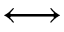
\longleftrightarrow